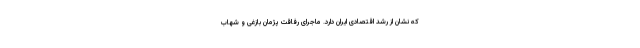
که نشان از رشد اقتصادی ایران دارد. ماجرای رفاقت پژمان بازغی و شهاب